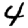
Digit: 4